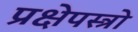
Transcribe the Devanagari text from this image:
प्रक्षेपस्त्रो